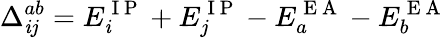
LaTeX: \Delta_{\mathit{i}j}^{ab}=E_{\mathit{i}}^{\mathrm{{~I~P~}}}+E_{j}^{\mathrm{{~I~P~}}}-E_{a}^{\mathrm{{~E~A~}}}-E_{b}^{\mathrm{{~E~A~}}}